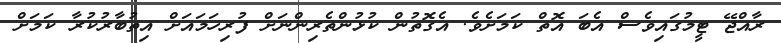
ރާއްޖޭ ޓީމުގައިވެސް އެބަ އޮތް ކަމަށެވެ. އެގޮތުން ކުޅުންތެރިންނަށް ފުރިހަމައަށް އިތުބާރުކުރާ ކަމަށް